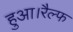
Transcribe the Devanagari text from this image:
हुआ।रैल्फ